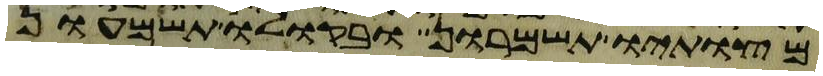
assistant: מצותיו תשמרון ובקולו תשמעון